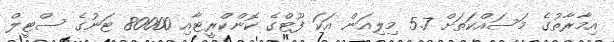
އިމާރާތުގެ މަސައްކަތަށް 5.7 މިލިއަން އަކަ ފޫޓްގެ ކޮންކްރީޓާއި 80000 ޓަނުގެ ސްޓީލް